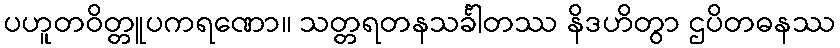
ပဟူတဝိတ္တူပကရဏော။ သတ္တရတနသင်္ခါတဿ နိဒဟိတွာ ဌပိတဓနဿ